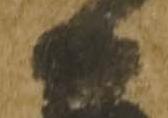
日